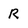
Character: R